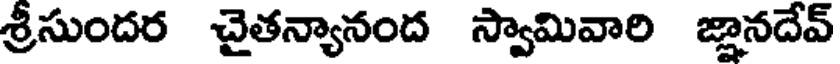
శ్రీసుందర చైతన్యానంద స్వామివారి జ్ఞానదేవ్